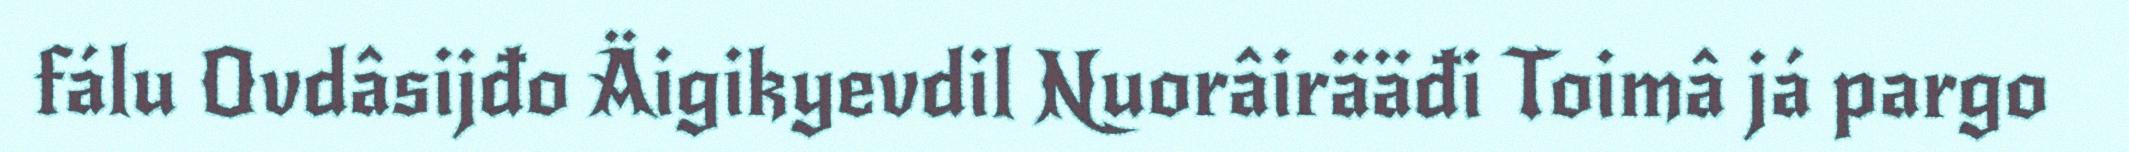
fálu Ovdâsijđo Äigikyevdil Nuorâirääđi Toimâ já pargo